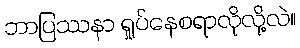
ဘာပြဿနာ ရှုပ်နေစရာလိုလို့လဲ။